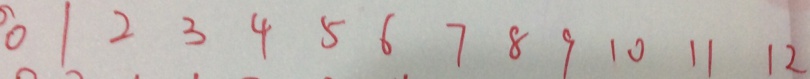
0 1 2 3 4 5 6 7 8 9 1 0 1 1 1 2